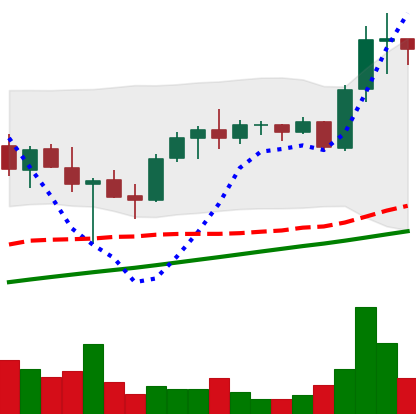
Ticker: ADA-USD
Chart end date: 2021-05-08
Forward return: 19.395%
Label: up_7plus